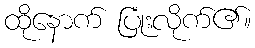
ထိုနောက် ပြုံးလိုက်၏။